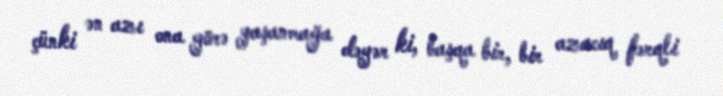
çünki ən azı ona görə yaşanmağa dəyər ki, başqa bir, bir azacıq fərqli